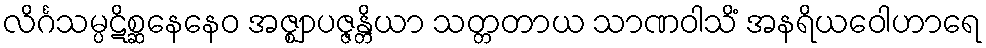
လိင်္ဂသမ္ပဋိစ္ဆနေနေဝ အဇ္ဈာပဇ္ဇန္တိယာ သတ္တတာယ သာဏဝါသိံ အနရိယဝေါဟာရေ